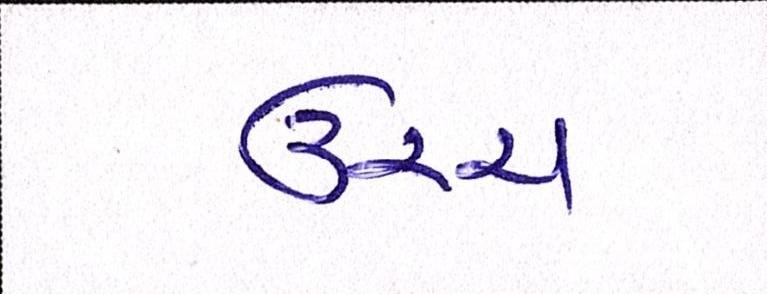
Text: ઉચ્ચ